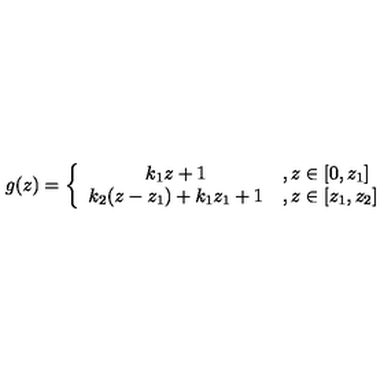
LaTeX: g ( z ) = \left\{ \begin{array} { c l } { { k _ { 1 } z + 1 } } & { , z \in \lbrack 0 , z _ { 1 } ] } \\ { { k _ { 2 } ( z - z _ { 1 } ) + k _ { 1 } z _ { 1 } + 1 } } & { , z \in \lbrack z _ { 1 } , z _ { 2 } ] } \\ \end{array} \right. \